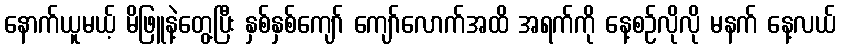
နောက်ယူမယ့် မိဖြူနဲ့တွေ့ပြီး နှစ်နှစ်ကျော် ကျော်လောက်အထိ အရက်ကို နေ့စဉ်လိုလို မနက် နေ့လယ်